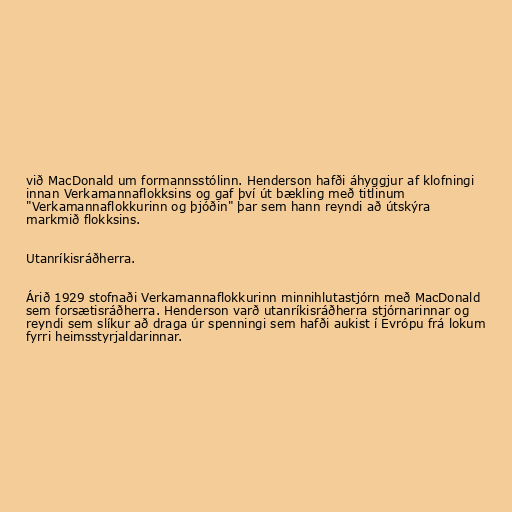
við MacDonald um formannsstólinn. Henderson hafði áhyggjur af klofningi
innan Verkamannaflokksins og gaf því út bækling með titlinum
"Verkamannaflokkurinn og þjóðin" þar sem hann reyndi að útskýra
markmið flokksins.

Utanríkisráðherra.

Árið 1929 stofnaði Verkamannaflokkurinn minnihlutastjórn með MacDonald
sem forsætisráðherra. Henderson varð utanríkisráðherra stjórnarinnar og
reyndi sem slíkur að draga úr spenningi sem hafði aukist í Evrópu frá lokum
fyrri heimsstyrjaldarinnar.